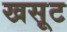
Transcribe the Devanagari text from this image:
खसूट